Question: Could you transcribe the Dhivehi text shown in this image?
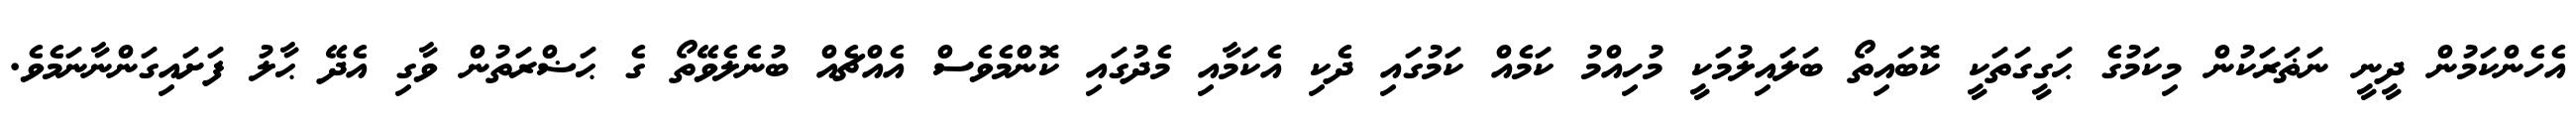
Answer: އެހެންކަމުން ދީނީ ނަޡަރަކުން މިކަމުގެ ޙަގީގަތަކީ ކޮބައިތޯ ބަލައިލުމަކީ މުހިއްމު ކަމެއް ކަމުގައި ދެކި އެކަމާއި މެދުގައި ކޮންމެވެސް އެއްޗެއް ބުނެލެވޭތޯ ގެ ޙަޟްރަތުން ވާގި އެދޭ ޙާލު ފަށައިގަންނާނަމެވެ.